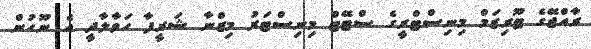
ރާއްޖޭގެ ޓޫރިޒަމް މިނިސްޓްރީގެ ސްޓޭޓް މިނިސްޓަރު މިޒްނާ ޝަރީފާ ހަވާލާދީ އެ ނޫހުން